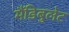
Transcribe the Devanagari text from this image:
मैंडिबुलेट